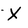
Character: x